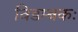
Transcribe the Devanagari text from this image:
विडम्बकः